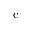
\mathrm { c }